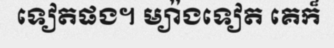
ទៀតផង។ ម្យ៉ាងទៀត គេក៏